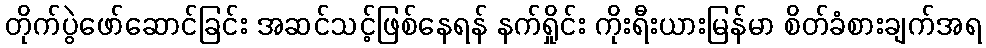
တိုက်ပွဲဖော်ဆောင်ခြင်း အဆင်သင့်ဖြစ်နေရန် နက်ရှိုင်း ကိုးရီးယားမြန်မာ စိတ်ခံစားချက်အရ